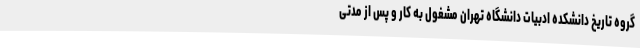
گروه تاریخ دانشکده ادبیات دانشگاه تهران مشغول به کار و پس از مدتی